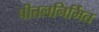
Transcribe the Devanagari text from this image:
पीतलनिर्मित